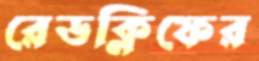
রেডক্লিফের